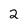
Character: 2